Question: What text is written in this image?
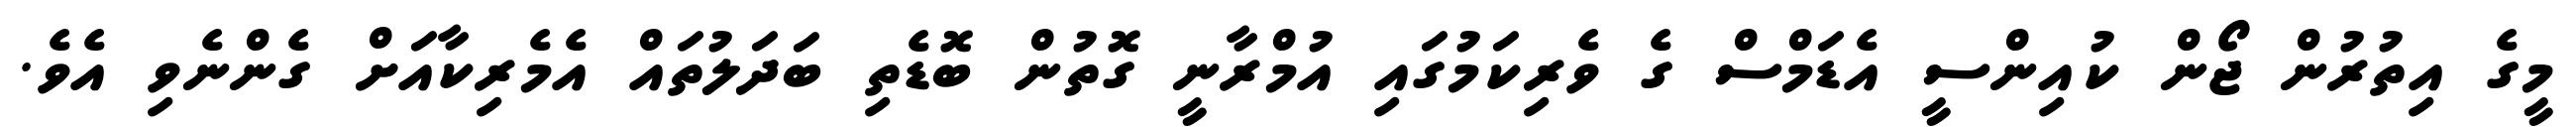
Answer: މީގެ އިތުރުން ޖޯން ކުއިންސީ އެޑަމްސް ގެ ވެރިކަމުގައި އުމްރާނީ ގޮތުން ބޮޑެތި ބަދަލުތައް އެމެރިކާއަށް ގެންނެވި އެވެ.